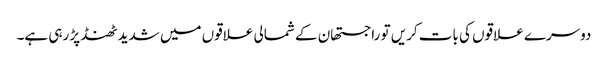
دوسرے علاقوں کی بات کریں تو راجستھان کے شمالی علاقوں میں شدید ٹھنڈ پڑ رہی ہے۔